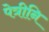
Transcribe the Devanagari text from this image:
पेत्रीनि